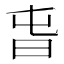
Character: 旾